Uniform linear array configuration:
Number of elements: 12
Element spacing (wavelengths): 0.5
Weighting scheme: hann
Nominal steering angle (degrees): -15
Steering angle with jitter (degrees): -13.579
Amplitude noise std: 0.05
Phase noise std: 0.05

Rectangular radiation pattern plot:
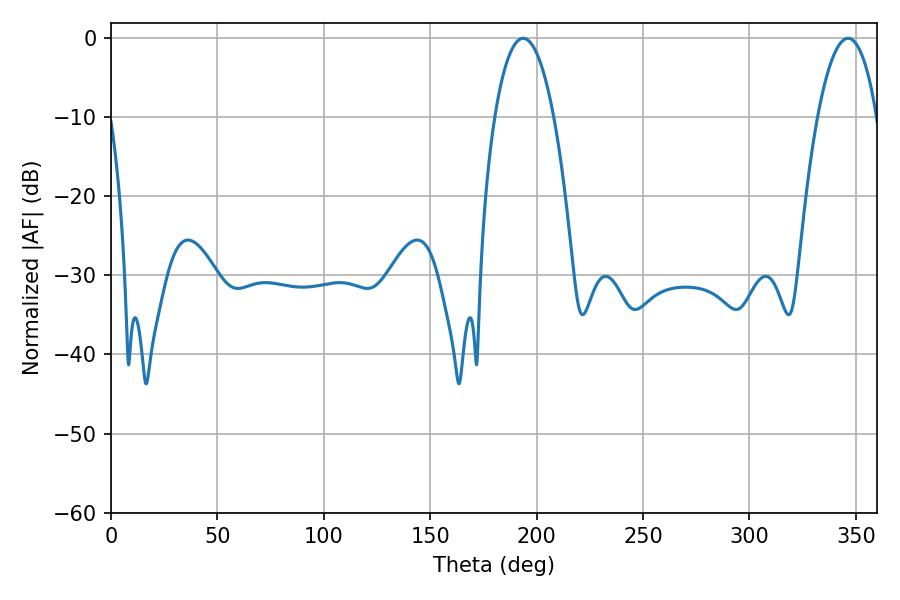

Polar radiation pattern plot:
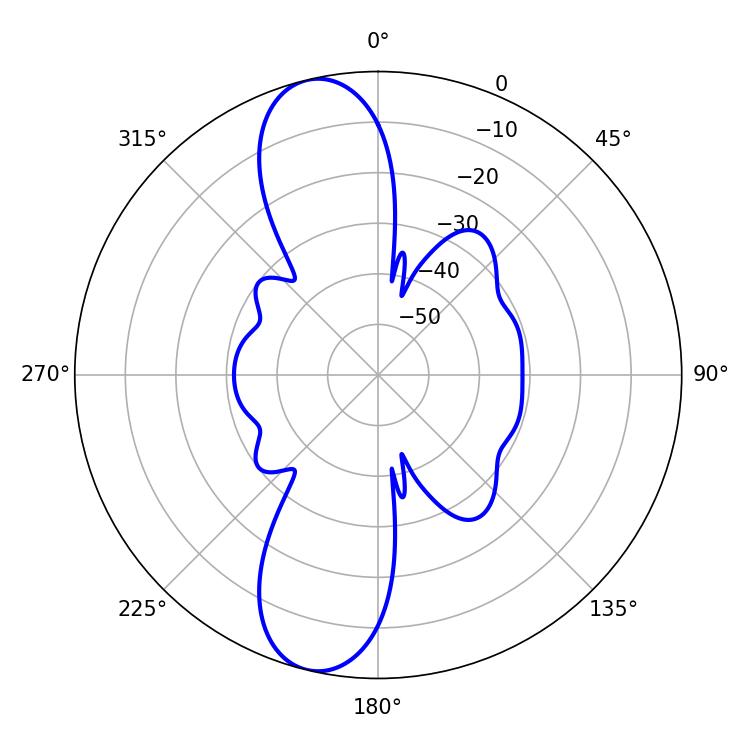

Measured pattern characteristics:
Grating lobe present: FALSE
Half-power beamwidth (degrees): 15.48
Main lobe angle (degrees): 193.68